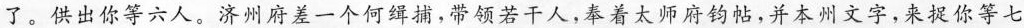
了。供出你等六人。济州府差一个何缉捕，带领若干人，奉着太师府钧帖，并本州文字，来捉你等七